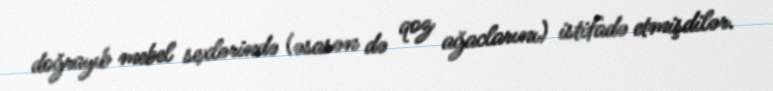
doğrayıb mebel sexlərində (əsasən də qoz ağaclarını) istifadə etmişdilər.